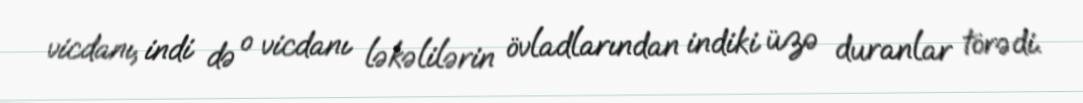
vicdanı, indi də o vicdanı ləkəlilərin övladlarından indiki üzə duranlar törədi.